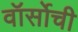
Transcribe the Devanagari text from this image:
वॉर्सोची